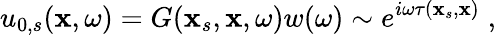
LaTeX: u_{0,s}(\mathbf{x},\omega)=G(\mathbf{x}_{s},\mathbf{x},\omega)w(\omega)\sim e^{i\omega\tau(\mathbf{x}_{s},\mathbf{x})}\; ,